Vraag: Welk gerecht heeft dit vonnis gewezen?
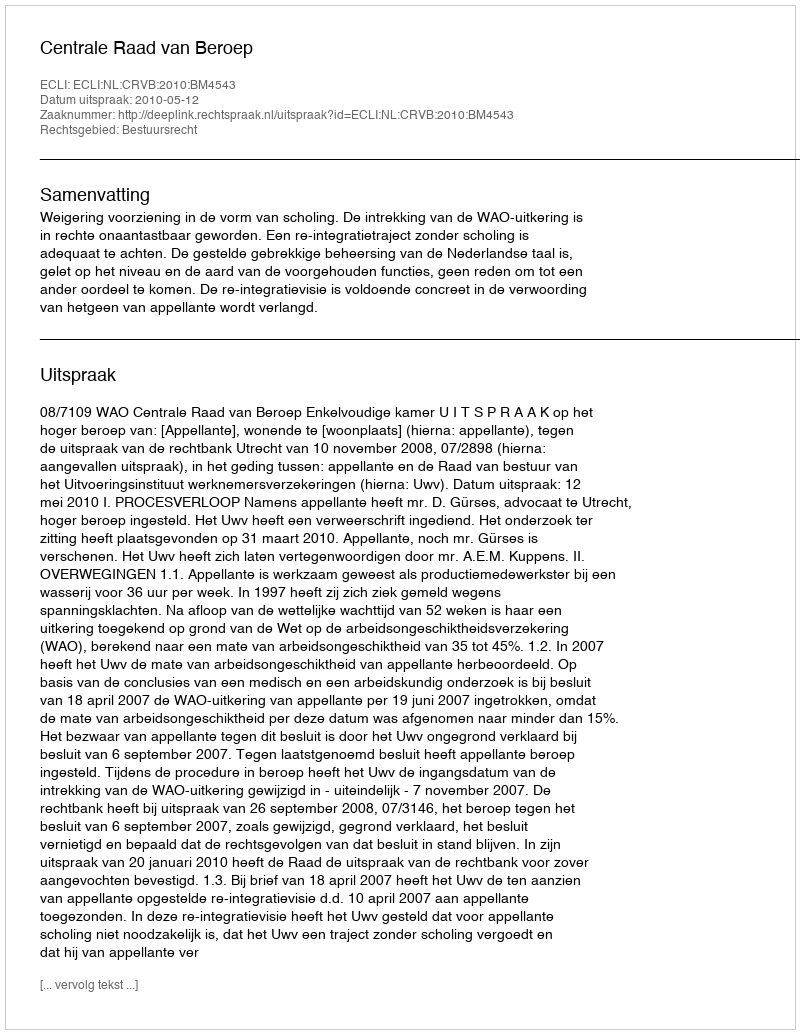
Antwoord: Centrale Raad van Beroep